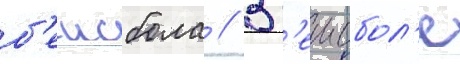
б'еисбола // В б'еисбол'е